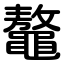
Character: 鼇